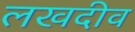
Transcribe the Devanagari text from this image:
लखदीव